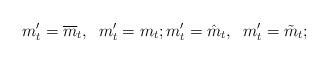
LaTeX: \begin{align*} m_t' = \overline{m}_t, \; \; m_t'=m_t; m_t' = \hat m_t, \; \; m_t'=\tilde{m}_t;\end{align*}